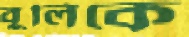
বুলিকে